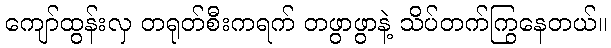
ကျော်ထွန်းလှ တရုတ်စီးကရက် တဖွာဖွာနဲ့ သိပ်တက်ကြွနေတယ်။